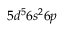
5 d ^ { 5 } 6 s ^ { 2 } 6 p